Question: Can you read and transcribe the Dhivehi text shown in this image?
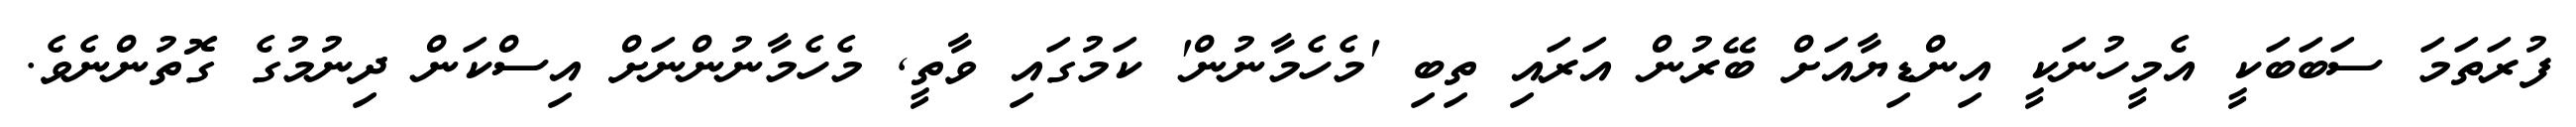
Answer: ފުރަތަމަ ސަބަބަކީ އެމީހުނަކީ އިންޑިޔާއަށް ބޭރުން އަރައި ތިބި 'މެހެމާނުން' ކަމުގައި ވާތީ, މެހެމާނުންނަށް އިސްކަން ދިނުމުގެ ގޮތުންނެވެ.